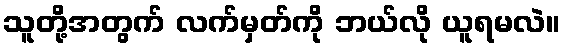
သူတို့အတွက် လက်မှတ်ကို ဘယ်လို ယူရမလဲ။